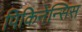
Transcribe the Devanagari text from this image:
पिकिनेन्सिस